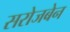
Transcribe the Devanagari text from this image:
सरोजबेन